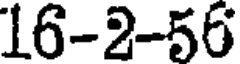
16-2-56